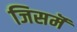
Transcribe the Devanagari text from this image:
जिसमॆं